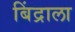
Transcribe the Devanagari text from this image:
बिंद्राला